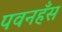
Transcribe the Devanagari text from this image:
पवनहँस